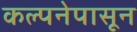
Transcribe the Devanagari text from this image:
कल्पनेपासून